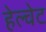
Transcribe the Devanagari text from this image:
हेल्वेट